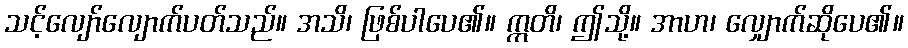
သင့်လျော်လျောက်ပတ်သည်။ အသိ၊ ဖြစ်ပါပေ၏။ ဣတိ၊ ဤသို့။ အာဟ၊ လျှောက်ဆိုပေ၏။